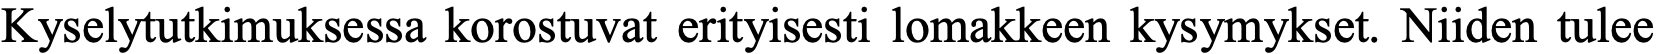
Kyselytutkimuksessa korostuvat erityisesti lomakkeen kysymykset. Niiden tulee